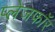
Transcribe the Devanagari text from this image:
प्लेजफॉर